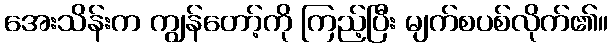
အေးသိန်းက ကျွန်တော့်ကို ကြည့်ပြီး မျက်စပစ်လိုက်၏။